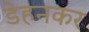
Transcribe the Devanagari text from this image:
डेहनकर